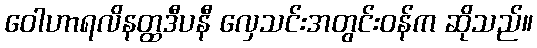
ဝေါဟာရလိနတ္ထဒီပနီ လှေသင်းအတွင်းဝန်က ဆိုသည်။